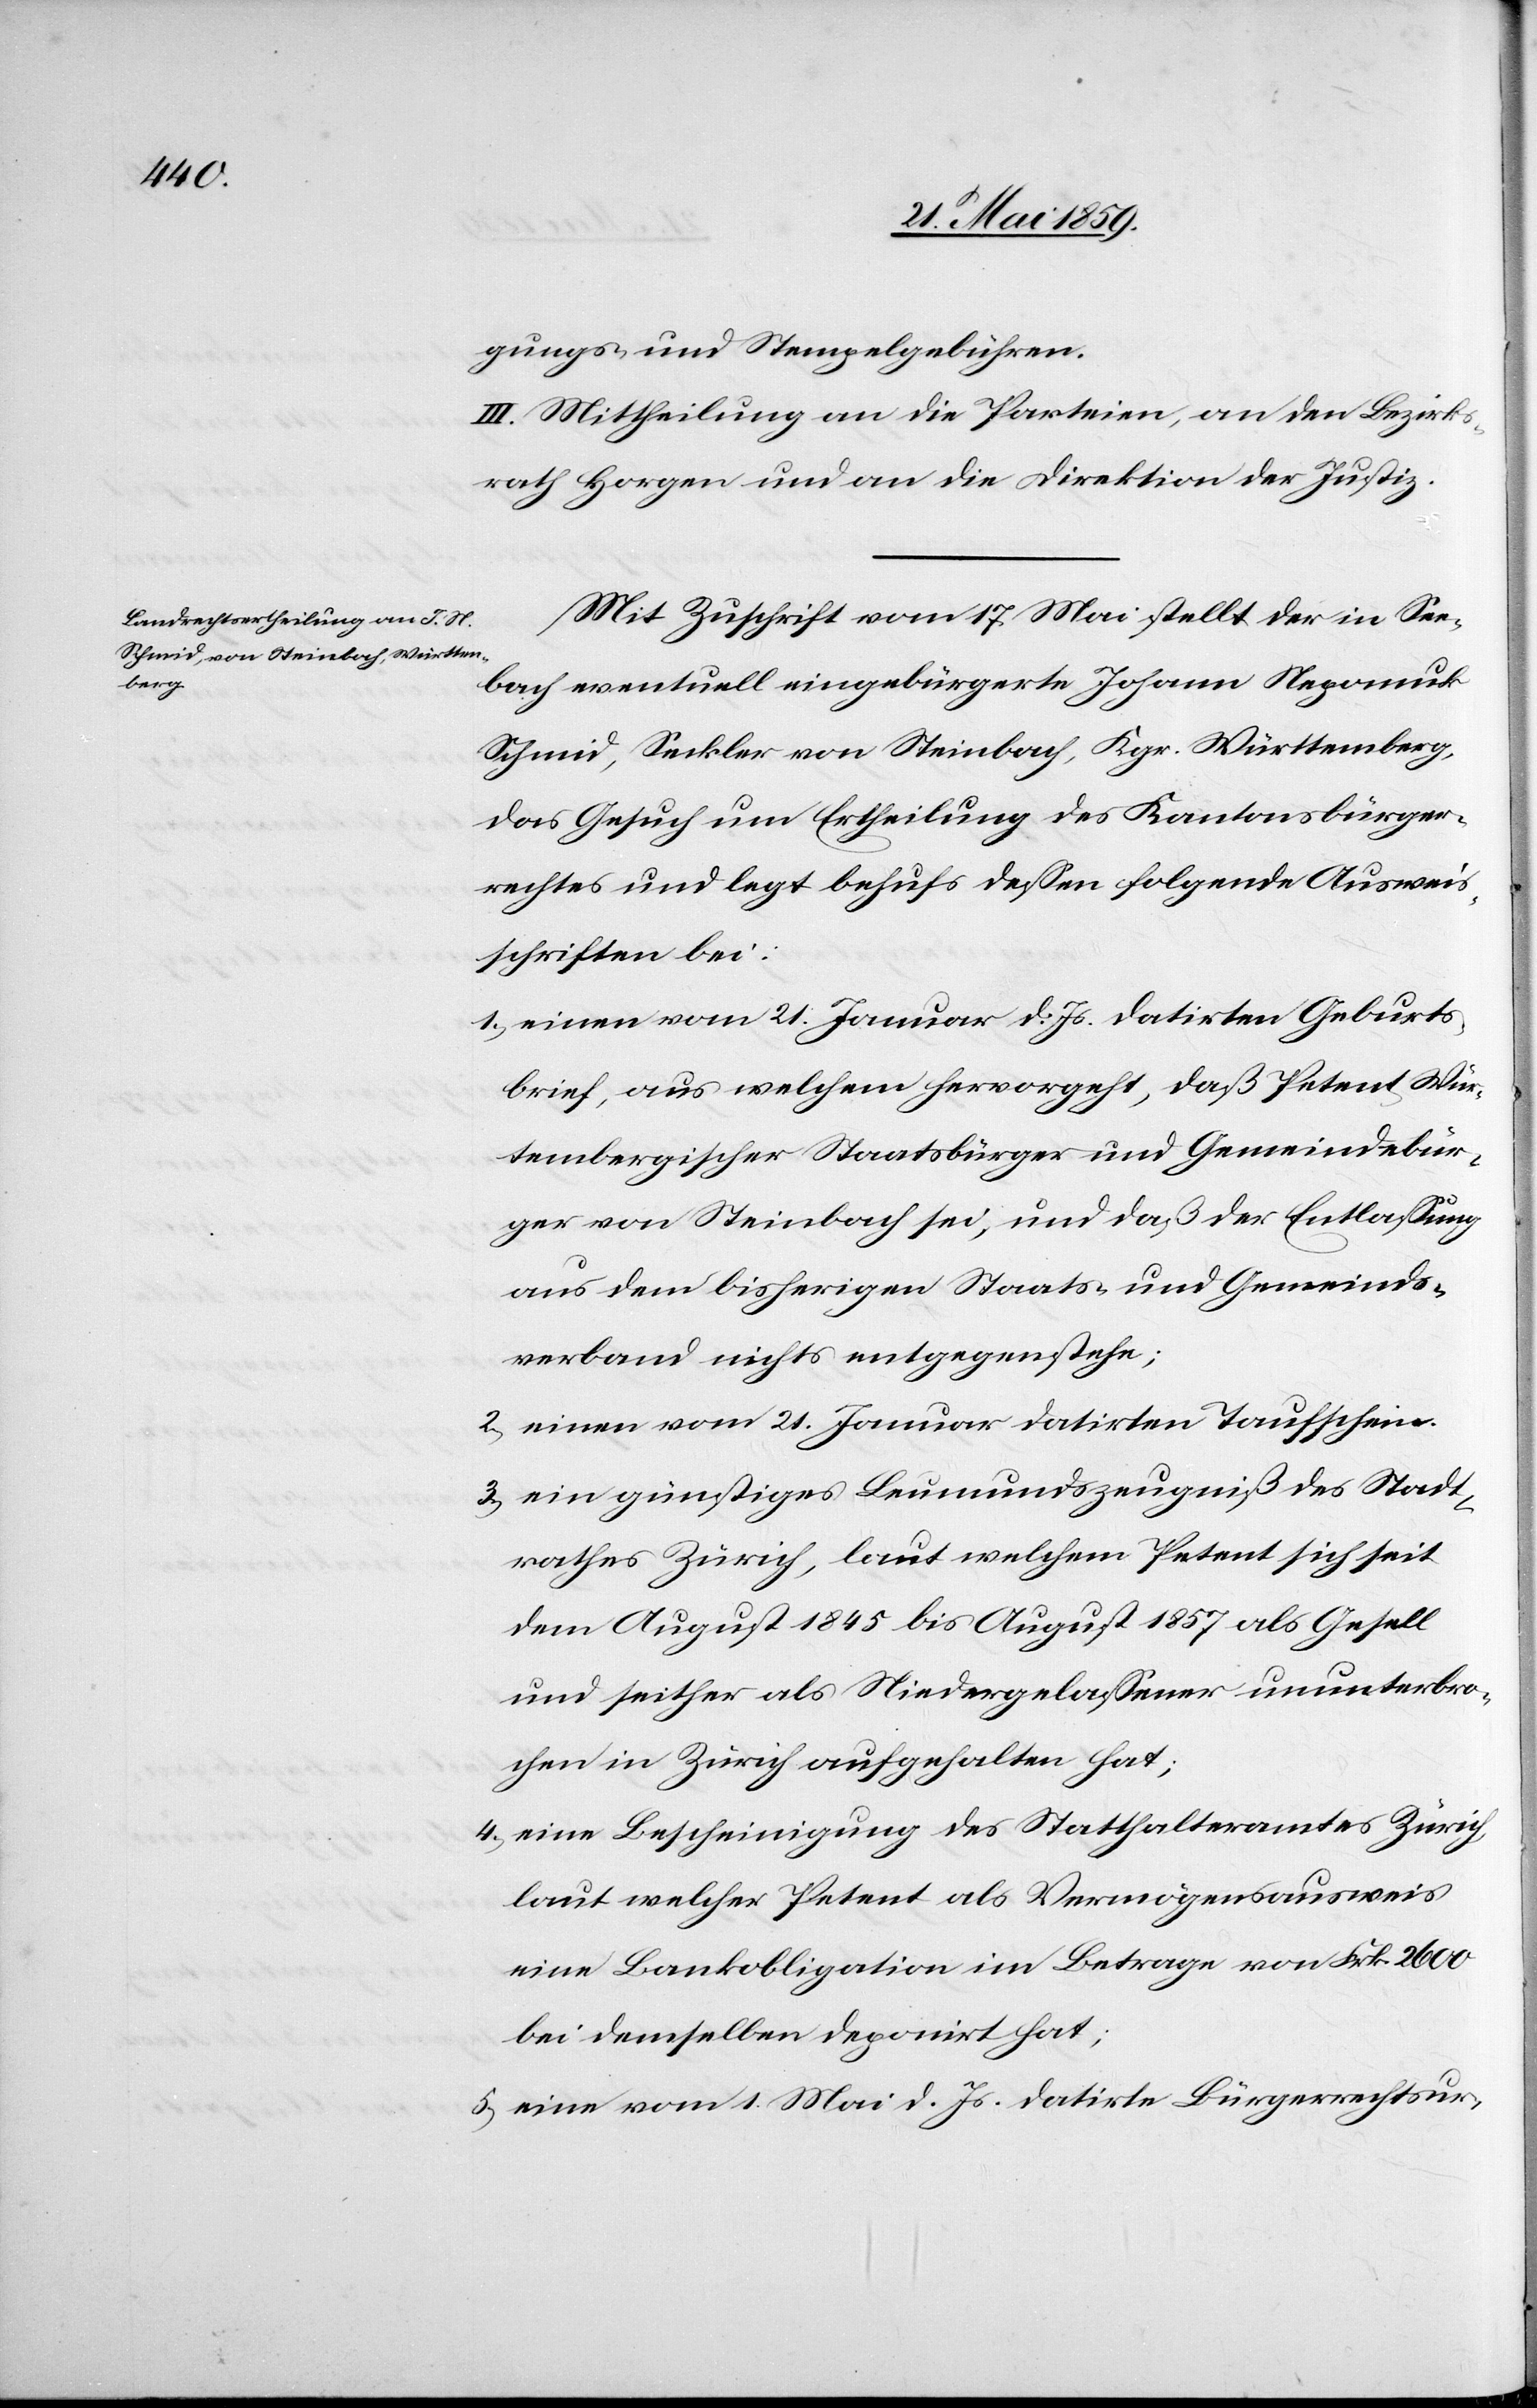
gungs- und Stempelgebühren.
II. Mittheilung an die Parteien, an den Bezirks¬
rath Horgen und an die Direktion der Justiz.
Mit Zuschrift vom 17. Mai stellt der in See¬
bach eventuell eingebürgerte Johann Nepomuk
Schmid, Seckler von Steinbach, Kgr. Württemberg,
das Gesuch um Ertheilung des Kantonsbürger¬
rechtes und legt behufs dessen folgende Ausweis¬
schriften bei:
1) einen vom 21. Januar d. Js. datirten Geburts¬
brief, aus welchem hervorgeht, daß Petent Wür¬
tembergischer Staatsbürger und Gemeindebür¬
ger von Steinbach sei, und daß der Entlassung
aus dem bisherigen Staats- und Gemeinds¬
verband nichts entgegenstehe;
2) einen vom 21. Januar datirten Taufschein.
3) ein günstiges Leumundszeugniß des Stadt¬
rathes Zürich, laut welchem Petent sich seit
dem August 1845 bis August 1857 als Gesell
und seither als Niedergelassener ununterbro¬
chen in Zürich aufgehalten hat.;
4) eine Bescheinigung des Statthalteramtes Zürich,
laut welcher Petent als Vermögensausweis
eine Bankobligation im Betrage von Frk. 2600
bei demselben deponiert hat;
5) eine vom 1. Mai d. Js. datirte Bürgerrechtsur-